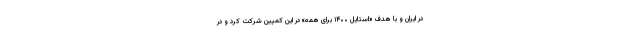
در ایران و با هدف «استایل ۱۴۰۰ برای همه» در این کمپین شرکت کرد و در